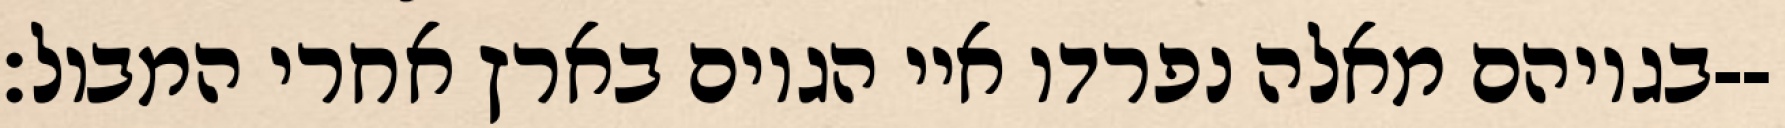
בגויהם מאלה נפרדו איי הגוים בארץ אחרי המבול׃--